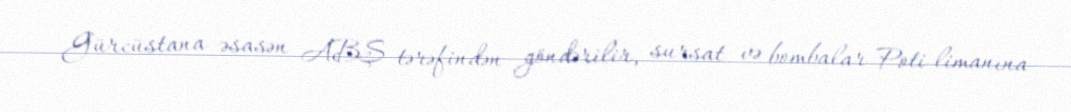
Gürcüstana əsasən ABŞ tərəfindən göndərilir, sursat və bombalar Poti limanına